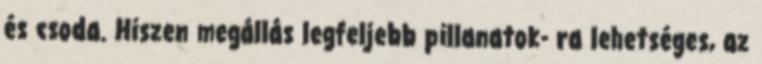
és csoda. Hiszen megállás legfeljebb pillanatok- ra lehetséges, az